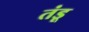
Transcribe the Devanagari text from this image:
तंडू